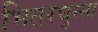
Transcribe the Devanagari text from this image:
भितरघुन्ना